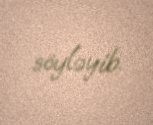
söyləyib.